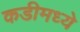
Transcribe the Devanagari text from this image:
कडीमध्ये